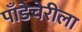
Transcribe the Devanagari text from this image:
पाँडेचेरीला